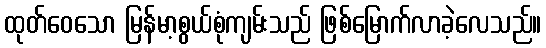
ထုတ်ဝေသော မြန်မာ့စွယ်စုံကျမ်းသည် ဖြစ်မြောက်လာခဲ့လေသည်။